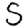
Digit: 5